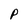
Character: P